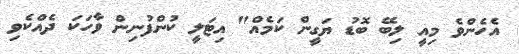
އެހެންވެ މިއީ ލިބޭ ބޮޑު ޔަގީން ކަމެއް" އިޓަލީ ކުންފުނިން ވާހަކަ ދެއްކެވި